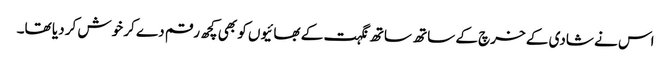
اس نے شادی کے خرچ کے ساتھ ساتھ نگہت کے بھائیوں کو بھی کچھ رقم دے کر خوش کر دیا تھا۔